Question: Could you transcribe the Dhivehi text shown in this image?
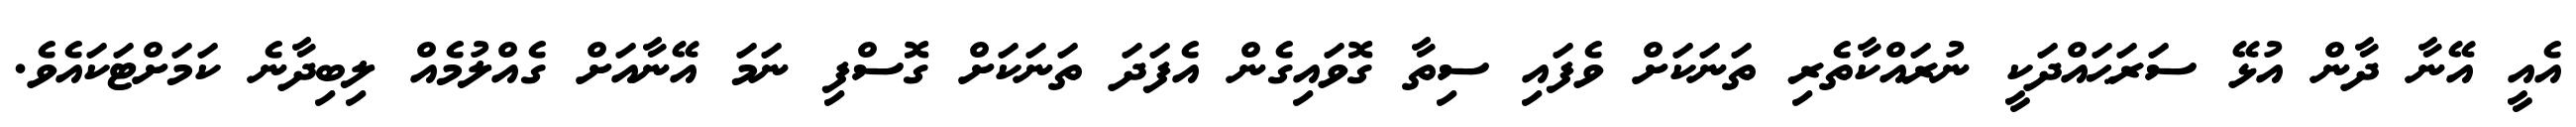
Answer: އެއީ އޭނާ ދާން އުޅޭ ސަރަޙައްދަކީ ނުރައްކާތެރި ތަނަކަށް ވެފައި ސިތާ ގޮވައިގެން އެފަދަ ތަނަކަށް ގޮސްފި ނަމަ އޭނާއަށް ގެއްލުމެއް ލިބިދާނެ ކަމަށްޓަކައެވެ.